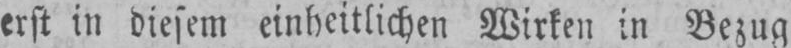
erst in diesem einheitlichen Wirken in Bezug